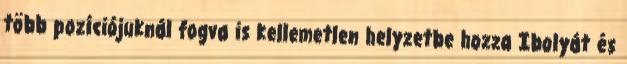
több pozíciójuknál fogva is kellemetlen helyzetbe hozza Ibolyát és